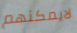
لايمكنهم